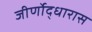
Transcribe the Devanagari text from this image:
जीर्णोद्धारास